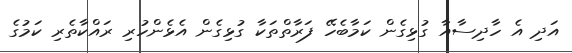
އަދި އެ ހާދިސާއާ ގުޅިގެން ކަމާބެހޭ ފަރާތްތަކާ ގުޅިގެން އެޅެންހުރި ރައްކާތެރި ކަމުގެ